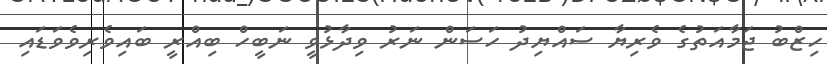
ހިޒްބު ޖަމާއަތުގެ ވެރިޔާ ސައްޔިދު ހަސަން ނަރު ވިދާޅުވީ ނަބީހް ބިއްރީ ބައިވެރިވެވަޑައި